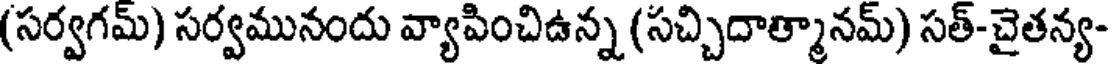
(సర్వగమ్) సర్వమునందు వ్యాపించిఉన్న (సచ్చిదాత్మానమ్) సత్-చైతన్య-